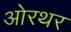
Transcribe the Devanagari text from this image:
ओरथर